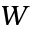
W